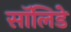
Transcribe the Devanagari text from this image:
सॉलिडे